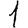
Digit: 1